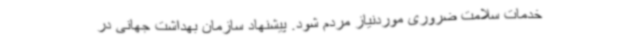
خدمات سلامت ضروری موردنیاز مردم شود. پیشنهاد سازمان بهداشت جهانی در